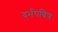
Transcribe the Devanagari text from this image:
दर्भपवित्र